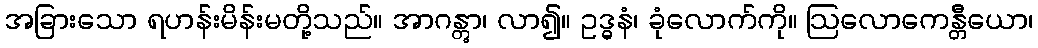
အခြားသော ရဟန်းမိန်းမတို့သည်။ အာဂန္တွာ၊ လာ၍။ ဥဒ္ဓနံ၊ ခုံလောက်ကို။ ဩလောကေန္တီယော၊